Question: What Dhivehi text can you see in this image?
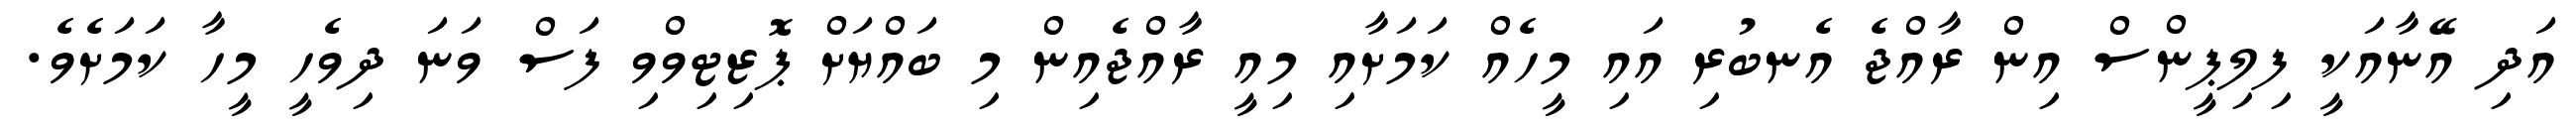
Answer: އަދި އޭނާއަކީ ފިލިޕީންސް އިން ރާއްޖެ އެނބުރި އައި މީހެއް ކަމަށާއި މިއީ ރާއްޖެއިން މި ބައްޔަށް ޕޮޒިޓިވްވި ފަސް ވަނަ ދިވެހީ މީހާ ކަމަށެވެ.